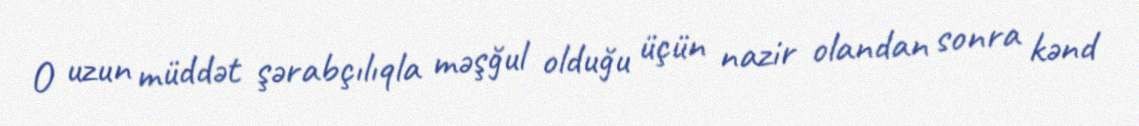
O uzun müddət şərabçılıqla məşğul olduğu üçün nazir olandan sonra kənd